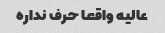
عالیه واقعا حرف نداره